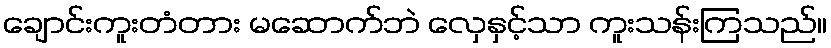
ချောင်းကူးတံတား မဆောက်ဘဲ လှေနှင့်သာ ကူးသန်းကြသည်။